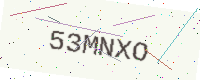
Text: 53MNXO